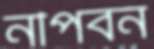
নীপবন